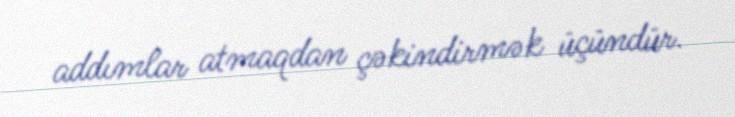
addımlar atmaqdan çəkindirmək üçündür.